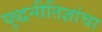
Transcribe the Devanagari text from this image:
युद्धनीतिज्ञांचा